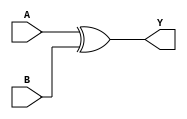
module BehavioralSubtractor(
    input A,
    input B,
    output Y
);

assign Y = A ^ B;

endmodule